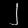
Digit: ၂